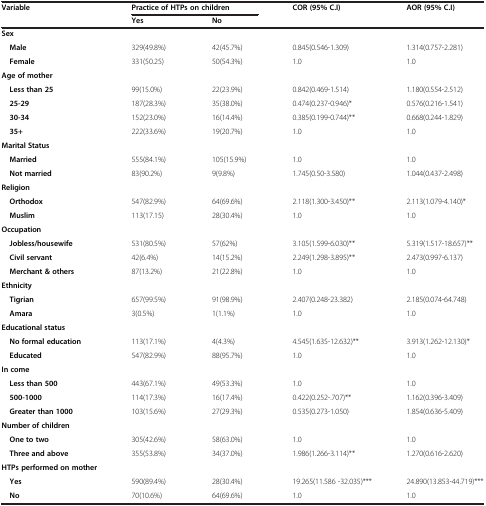
<table><thead><tr><td><b>Variable</b></td><td colspan="2"><b>Practice of HTPs on children</b></td><td><b>COR (95% C.I)</b></td><td><b>AOR (95% C.I)</b></td></tr><tr><td><b> </b></td><td><b>Yes</b></td><td><b>No</b></td><td><b> </b></td><td><b> </b></td></tr></thead><tbody><tr><td><b>Sex</b></td><td> </td><td> </td><td> </td><td> </td></tr><tr><td> <b>Male</b></td><td>329(49.8%)</td><td>42(45.7%)</td><td>0.845(0.546-1.309)</td><td>1.314(0.757-2.281)</td></tr><tr><td> <b>Female</b></td><td>331(50.25)</td><td>50(54.3%)</td><td>1.0</td><td>1.0</td></tr><tr><td><b>Age of mother</b></td><td> </td><td> </td><td> </td><td> </td></tr><tr><td> <b>Less than 25</b></td><td>99(15.0%)</td><td>22(23.9%)</td><td>0.842(0.469-1.514)</td><td>1.180(0.554-2.512)</td></tr><tr><td> <b>25-29</b></td><td>187(28.3%)</td><td>35(38.0%)</td><td>0.474(0.237-0.946)*</td><td>0.576(0.216-1.541)</td></tr><tr><td> <b>30-34</b></td><td>152(23.0%)</td><td>16(14.4%)</td><td>0.385(0.199-0.744)**</td><td>0.668(0.244-1.829)</td></tr><tr><td> <b>35+</b></td><td>222(33.6%)</td><td>19(20.7%)</td><td>1.0</td><td>1.0</td></tr><tr><td><b>Marital Status</b></td><td> </td><td> </td><td> </td><td> </td></tr><tr><td> <b>Married</b></td><td>555(84.1%)</td><td>105(15.9%)</td><td>1.0</td><td>1.0</td></tr><tr><td> <b>Not married</b></td><td>83(90.2%)</td><td>9(9.8%)</td><td>1.745(0.50-3.580)</td><td>1.044(0.437-2.498)</td></tr><tr><td><b>Religion</b></td><td> </td><td> </td><td> </td><td> </td></tr><tr><td> <b>Orthodox</b></td><td>547(82.9%)</td><td>64(69.6%)</td><td>2.118(1.300-3.450)**</td><td>2.113(1.079-4.140)*</td></tr><tr><td> <b>Muslim</b></td><td>113(17.15)</td><td>28(30.4%)</td><td>1.0</td><td>1.0</td></tr><tr><td><b>Occupation</b></td><td> </td><td> </td><td> </td><td> </td></tr><tr><td> <b>Jobless/housewife</b></td><td>531(80.5%)</td><td>57(62%)</td><td>3.105(1.599-6.030)**</td><td>5.319(1.517-18.657)**</td></tr><tr><td> <b>Civil servant</b></td><td>42(6.4%)</td><td>14(15.2%)</td><td>2.249(1.298-3.895)**</td><td>2.473(0.997-6.137)</td></tr><tr><td> <b>Merchant &amp; others</b></td><td>87(13.2%)</td><td>21(22.8%)</td><td>1.0</td><td>1.0</td></tr><tr><td><b>Ethnicity</b></td><td> </td><td> </td><td> </td><td> </td></tr><tr><td> <b>Tigrian</b></td><td>657(99.5%)</td><td>91(98.9%)</td><td>2.407(0.248-23.382)</td><td>2.185(0.074-64.748)</td></tr><tr><td> <b>Amara</b></td><td>3(0.5%)</td><td>1(1.1%)</td><td>1.0</td><td>1.0</td></tr><tr><td><b>Educational status</b></td><td> </td><td> </td><td> </td><td> </td></tr><tr><td> <b>No formal education</b></td><td>113(17.1%)</td><td>4(4.3%)</td><td>4.545(1.635-12.632)**</td><td>3.913(1.262-12.130)*</td></tr><tr><td> <b>Educated</b></td><td>547(82.9%)</td><td>88(95.7%)</td><td>1.0</td><td>1.0</td></tr><tr><td><b>In come</b></td><td> </td><td> </td><td> </td><td> </td></tr><tr><td> <b>Less than 500</b></td><td>443(67.1%)</td><td>49(53.3%)</td><td>1.0</td><td>1.0</td></tr><tr><td> <b>500-1000</b></td><td>114(17.3%)</td><td>16(17.4%)</td><td>0.422(0.252-.707)**</td><td>1.162(0.396-3.409)</td></tr><tr><td> <b>Greater than 1000</b></td><td>103(15.6%)</td><td>27(29.3%)</td><td>0.535(0.273-1.050)</td><td>1.854(0.636-5.409)</td></tr><tr><td><b>Number of children</b></td><td> </td><td> </td><td> </td><td> </td></tr><tr><td> <b>One to two</b></td><td>305(42.6%)</td><td>58(63.0%)</td><td>1.0</td><td>1.0</td></tr><tr><td> <b>Three and above</b></td><td>355(53.8%)</td><td>34(37.0%)</td><td>1.986(1.266-3.114)**</td><td>1.270(0.616-2.620)</td></tr><tr><td><b>HTPs performed on mother</b></td><td> </td><td> </td><td> </td><td> </td></tr><tr><td> <b>Yes</b></td><td>590(89.4%)</td><td>28(30.4%)</td><td>19.265(11.586 -32.035)***</td><td>24.890(13.853-44.719)***</td></tr><tr><td> <b>No</b></td><td>70(10.6%)</td><td>64(69.6%)</td><td>1.0</td><td>1.0</td></tr></tbody></table>